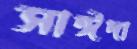
সাঈদা